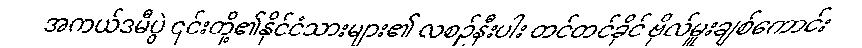
အကယ်ဒမီပွဲ ၎င်းတို့၏နိုင်ငံသားများ၏ လစဉ်နီးပါး တင်တင်ခိုင် ဗိုလ်မှူးချစ်ကောင်း